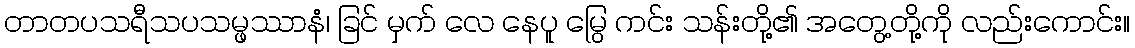
တာတပသရီသပသမ္ဖဿာနံ၊ ခြင် မှက် လေ နေပူ မြွေ ကင်း သန်းတို့၏ အတွေ့တို့ကို လည်းကောင်း။